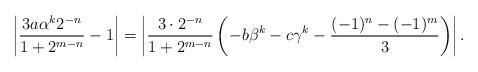
LaTeX: \begin{align*} \left|\frac{3a\alpha^{k}2^{-n}}{1+2^{m-n}}-1\right|=\left|\frac{3\cdot2^{-n}}{1+2^{m-n}}\left(-b\beta^{k}-c\gamma^{k}-\frac{(-1)^{n}-(-1)^{m}}{3}\right)\right|. \end{align*}